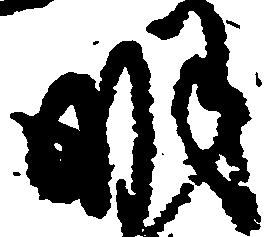
明